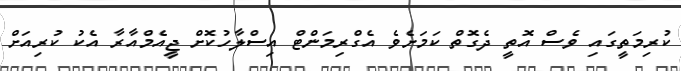
ކުރިމަތީގައި ވެސް އޮތީ ދެގޮތް ކަމަށެވެ އެގްރިމަންޓް އިސްލާހުކޮށް ޖީއެމްއާރާ އެކު ކުރިއަށް